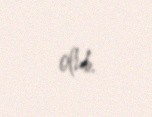
olub.